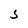
Character: 5